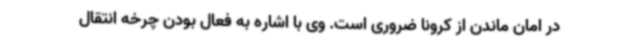
در امان ماندن از کرونا ضروری است. وی با اشاره به فعال بودن چرخه انتقال